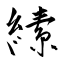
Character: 縤